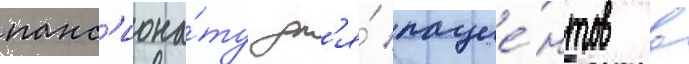
панс'иона́ту дл'я́ пацие́нтов в